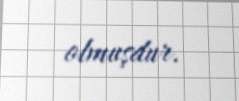
olmuşdur.